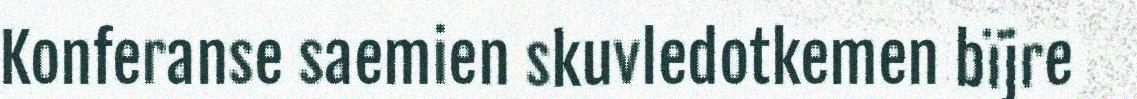
Konferanse saemien skuvledotkemen bïjre